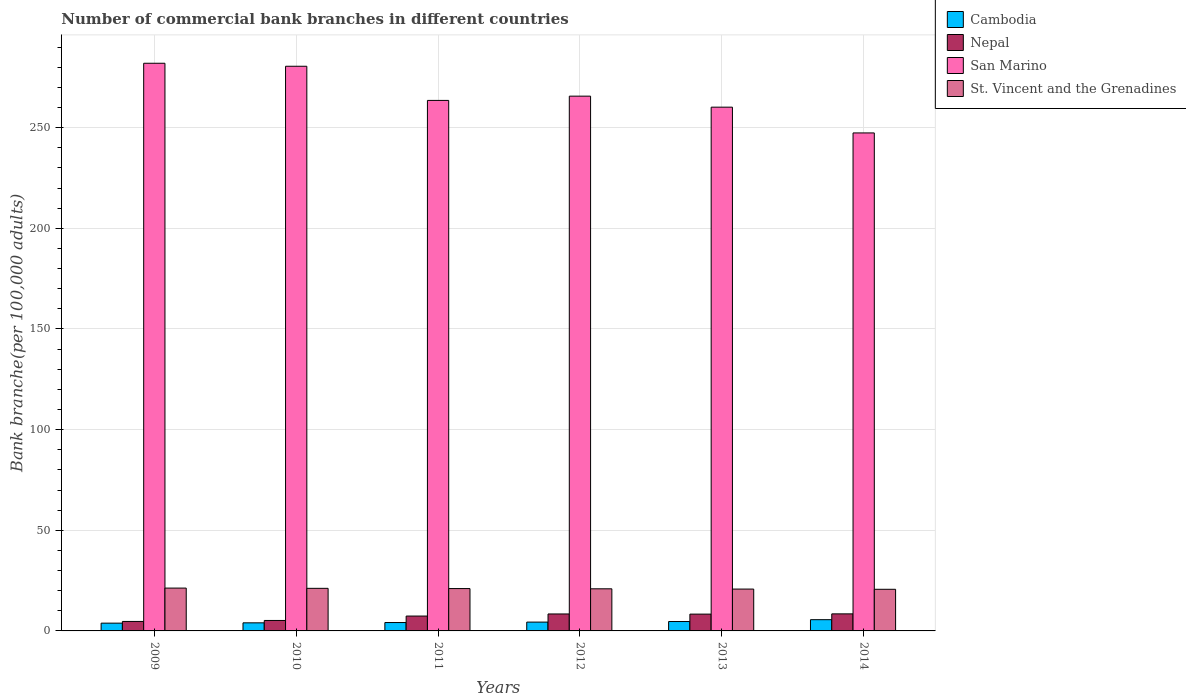
| Years | Cambodia | Nepal | San Marino | St. Vincent and the Grenadines |
 | --- | --- | --- | --- | --- |
 | 2009 | 3.86 | 4.71 | 282 | 21.3 |
 | 2010 | 4.01 | 5.19 | 281 | 21.2 |
 | 2011 | 4.16 | 7.39 | 264 | 21 |
 | 2012 | 4.38 | 8.43 | 266 | 20.9 |
 | 2013 | 4.67 | 8.35 | 260 | 20.8 |
 | 2014 | 5.58 | 8.47 | 247 | 20.7 |